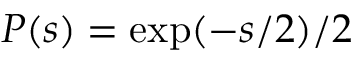
P ( s ) = \exp ( - s / 2 ) / 2